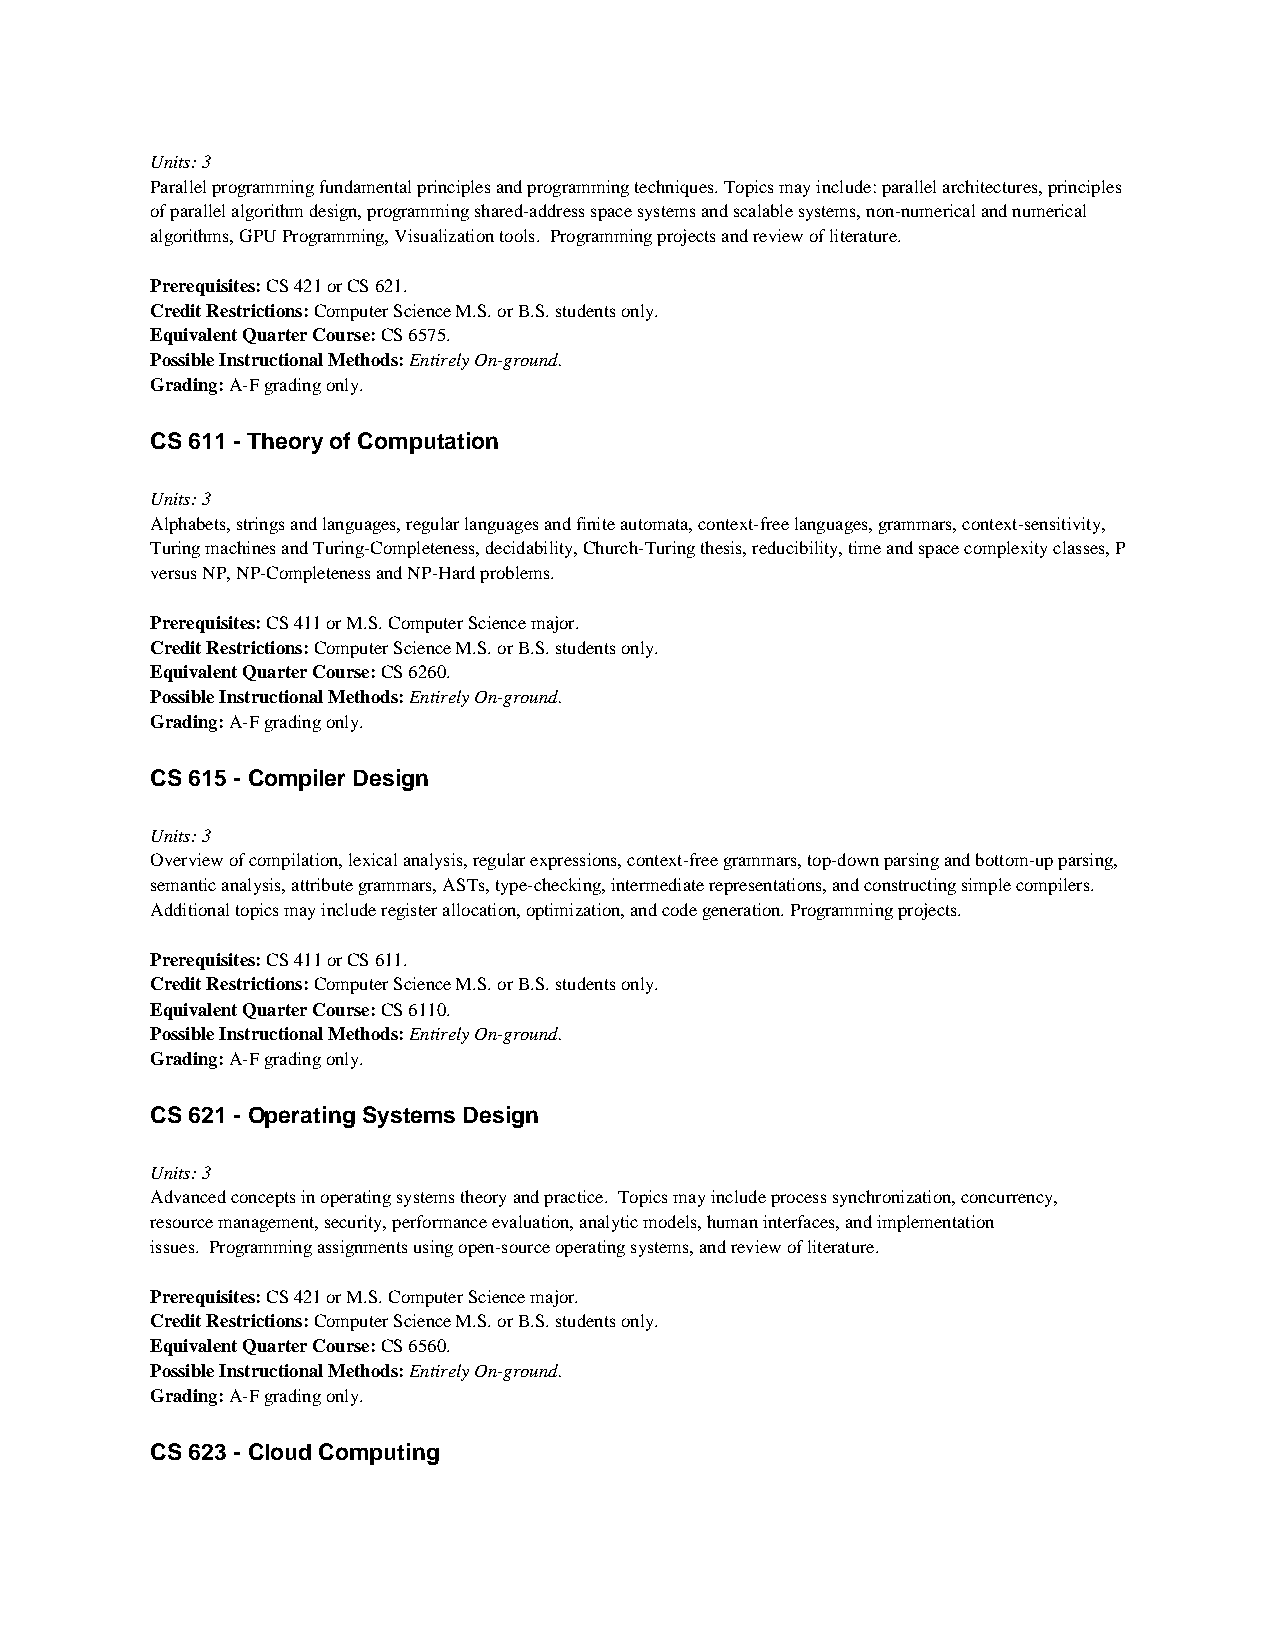
Units: 3
 Parallel programming fundamental principles and programming techniques. Topics may include: parallel architectures, principles
 of parallel algorithm design, programming shared-address space systems and scalable systems, non-numerical and numerical
 algorithms, GPU Programming, Visualization tools. Programming projects and review of literature.
 Prerequisites: CS 421 or CS 621.
 Credit Restrictions: Computer Science M.S. or B.S. students only.
 Equivalent Quarter Course: CS 6575.
 Possible Instructional Methods: Entirely On-ground.
 Grading: A-F grading only.
 CS 611 - Theory of Computation
 Units: 3
 Alphabets, strings and languages, regular languages and finite automata, context-free languages, grammars, context-sensitivity,
 Turing machines and Turing-Completeness, decidability, Church-Turing thesis, reducibility, time and space complexity classes, P
 versus NP, NP-Completeness and NP-Hard problems.
 Prerequisites: CS 411 or M.S. Computer Science major.
 Credit Restrictions: Computer Science M.S. or B.S. students only.
 Equivalent Quarter Course: CS 6260.
 Possible Instructional Methods: Entirely On-ground.
 Grading: A-F grading only.
 CS 615 - Compiler Design
 Units: 3
 Overview of compilation, lexical analysis, regular expressions, context-free grammars, top-down parsing and bottom-up parsing,
 semantic analysis, attribute grammars, ASTs, type-checking, intermediate representations, and constructing simple compilers.
 Additional topics may include register allocation, optimization, and code generation. Programming projects.
 Prerequisites: CS 411 or CS 611.
 Credit Restrictions: Computer Science M.S. or B.S. students only.
 Equivalent Quarter Course: CS 6110.
 Possible Instructional Methods: Entirely On-ground.
 Grading: A-F grading only.
 CS 621 - Operating Systems Design
 Units: 3
 Advanced concepts in operating systems theory and practice. Topics may include process synchronization, concurrency,
 resource management, security, performance evaluation, analytic models, human interfaces, and implementation
 issues. Programming assignments using open-source operating systems, and review of literature.
 Prerequisites: CS 421 or M.S. Computer Science major.
 Credit Restrictions: Computer Science M.S. or B.S. students only.
 Equivalent Quarter Course: CS 6560.
 Possible Instructional Methods: Entirely On-ground.
 Grading: A-F grading only.
 CS 623 - Cloud Computing